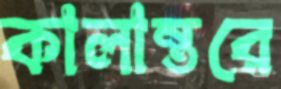
কালান্তরে